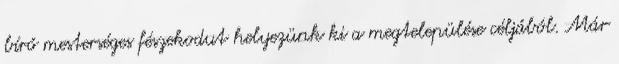
bíró mesterséges fészekodut helyezünk ki a megtelepülése céljából. Már